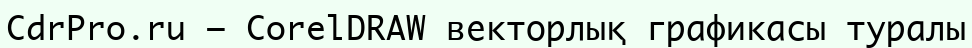
CdrPro.ru — CorelDRAW векторлық графикасы туралы